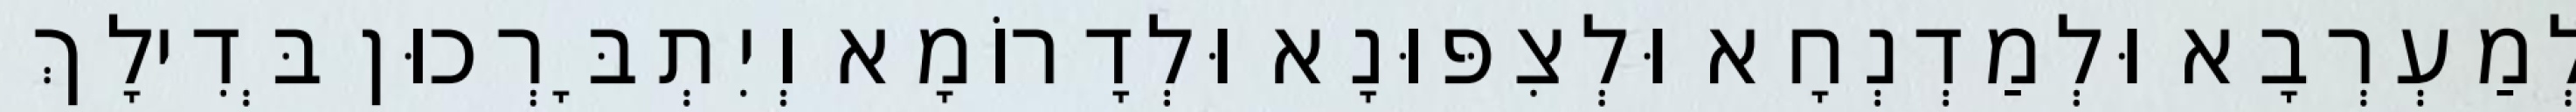
לְמַעְרְבָא וּלְמַדְנְחָא וּלְצִפּוּנָא וּלְדָרוֹמָא וְיִתְבָּרְכוּן בְּדִילָךְ